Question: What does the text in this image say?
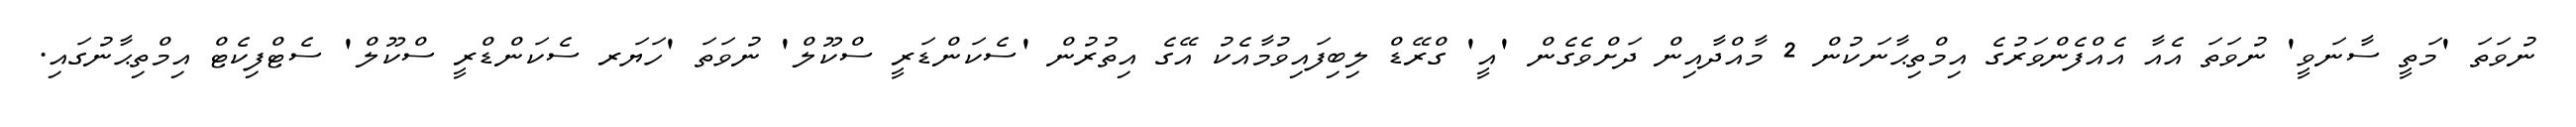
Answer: ނުވަތަ 'މަތީ ސާނަވީ' ނުވަތަ އެއާ އެއްފެންވަރުގެ އިމްތިޙާނަކުން 2 މާއްދާއިން ދަށްވެގެން 'އީ' ގްރޭޑް ލިބިފައިވުމާއެކު އޭގެ އިތުރުން 'ސެކަންޑަރީ ސްކޫލް' ނުވަތަ 'ހަޔަރ ސެކަންޑްރީ ސްކޫލް' ސެޓްފިކެޓް އިމްތިޙާނުގައި.